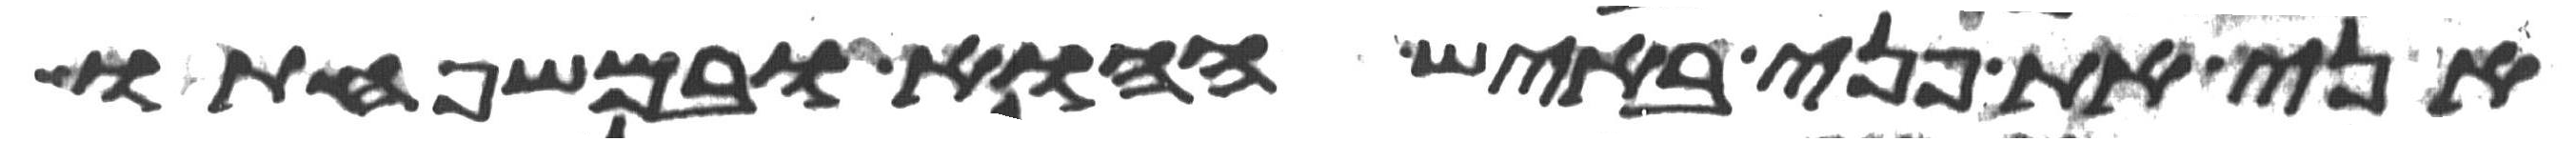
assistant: אני את פני באיש ההוא ובמשפחתו